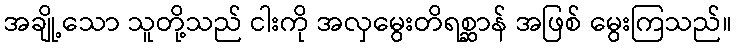
အချို့သော သူတို့သည် ငါးကို အလှမွေးတိရစ္ဆာန် အဖြစ် မွေးကြသည်။